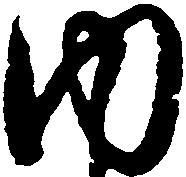
内